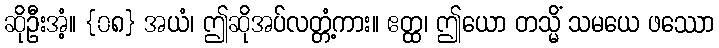
ဆိုဦးအံ့။ {၀၈} အယံ၊ ဤဆိုအပ်လတ္တံ့ကား။ ဧတ္ထ၊ ဤယော တသ္မိံ သမယေ ဖဿော